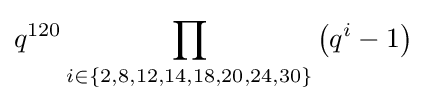
q^{120}\prod _{i\in \{2,8,12,14,18,20,24,30\}}\left(q^{i}-1\right)